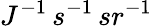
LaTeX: J^{-1}\, s^{-1}\, sr^{-1}